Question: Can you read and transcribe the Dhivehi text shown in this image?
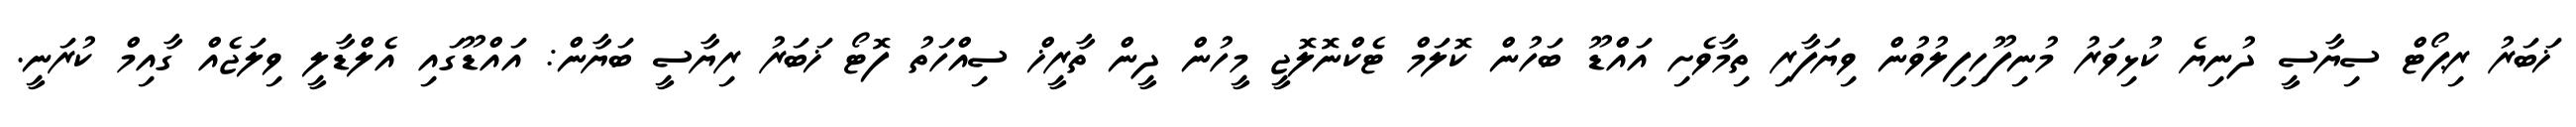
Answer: ޚަބަރު ރިޕޯޓް ސިޔާސީ ދުނިޔެ ކުޅިވަރު މުނިފޫހިފިލުވުން ވިޔަފާރި ތިމާވެށި އައްޑޫ ބަހުން ކޮލަމް ޓެކްނޮލޮޖީ މީހުން ދީން ތާރީޚް ސިއްހަތު ފޮޓޯ ޚަބަރު ރިޔާސީ ބަޔާން: އައްޑޫގައި އެލްޑާލީ ވިލަޖެއް ގާއިމް ކުރަނީ.